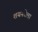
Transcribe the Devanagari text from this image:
शयनवेला